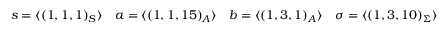
s = \langle ( 1 , 1 , 1 ) _ { S } \rangle \quad a = \langle ( 1 , 1 , 1 5 ) _ { A } \rangle \quad b = \langle ( 1 , 3 , 1 ) _ { A } \rangle \quad \sigma = \langle ( 1 , 3 , 1 0 ) _ { \Sigma } \rangle \quad \overline { { \sigma } } = \langle ( 1 , 3 , \overline { { { 1 0 } } } ) _ { \overline { { \Sigma } } } \rangle \quad